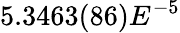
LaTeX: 5.3463(86)E^{-5}